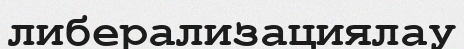
либерализациялау